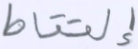
إلتقاط